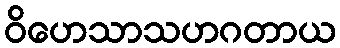
ဝိဟေသာသဟဂတာယ